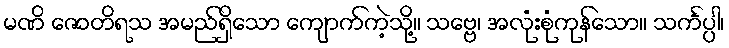
မဏိ ဇောတိရသ အမည်ရှိသော ကျောက်ကဲ့သို့။ သဗ္ဗေ၊ အလုံးစုံကုန်သော။ သင်္ကပ္ပါ၊